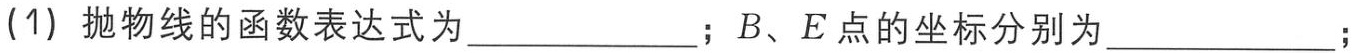
(1) 抛物线的函数表达式为  ；B、E 点的坐标分别为  ；